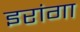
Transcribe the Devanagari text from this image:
इरांगा